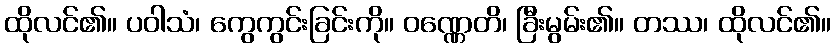
ထိုလင်၏။ ပဝါသံ၊ ကွေကွင်းခြင်းကို။ ဝဏ္ဏေတိ၊ ခြီးမွမ်း၏။ တဿ၊ ထိုလင်၏။